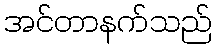
အင်တာနက်သည်